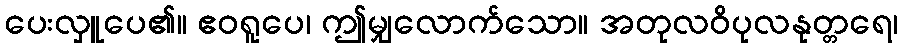
ပေးလှူပေ၏။ ဧဝရူပေ၊ ဤမျှလောက်သော။ အတုလဝိပုလနုတ္တရေ၊